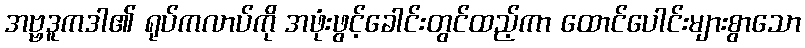
အဗ္ဗဒူကဒါ၏ ရုပ်ကလာပ်ကို အဖုံးဖွင့်ခေါင်းတွင်ထည့်ကာ ထောင်ပေါင်းများစွာသော